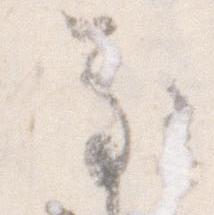
な